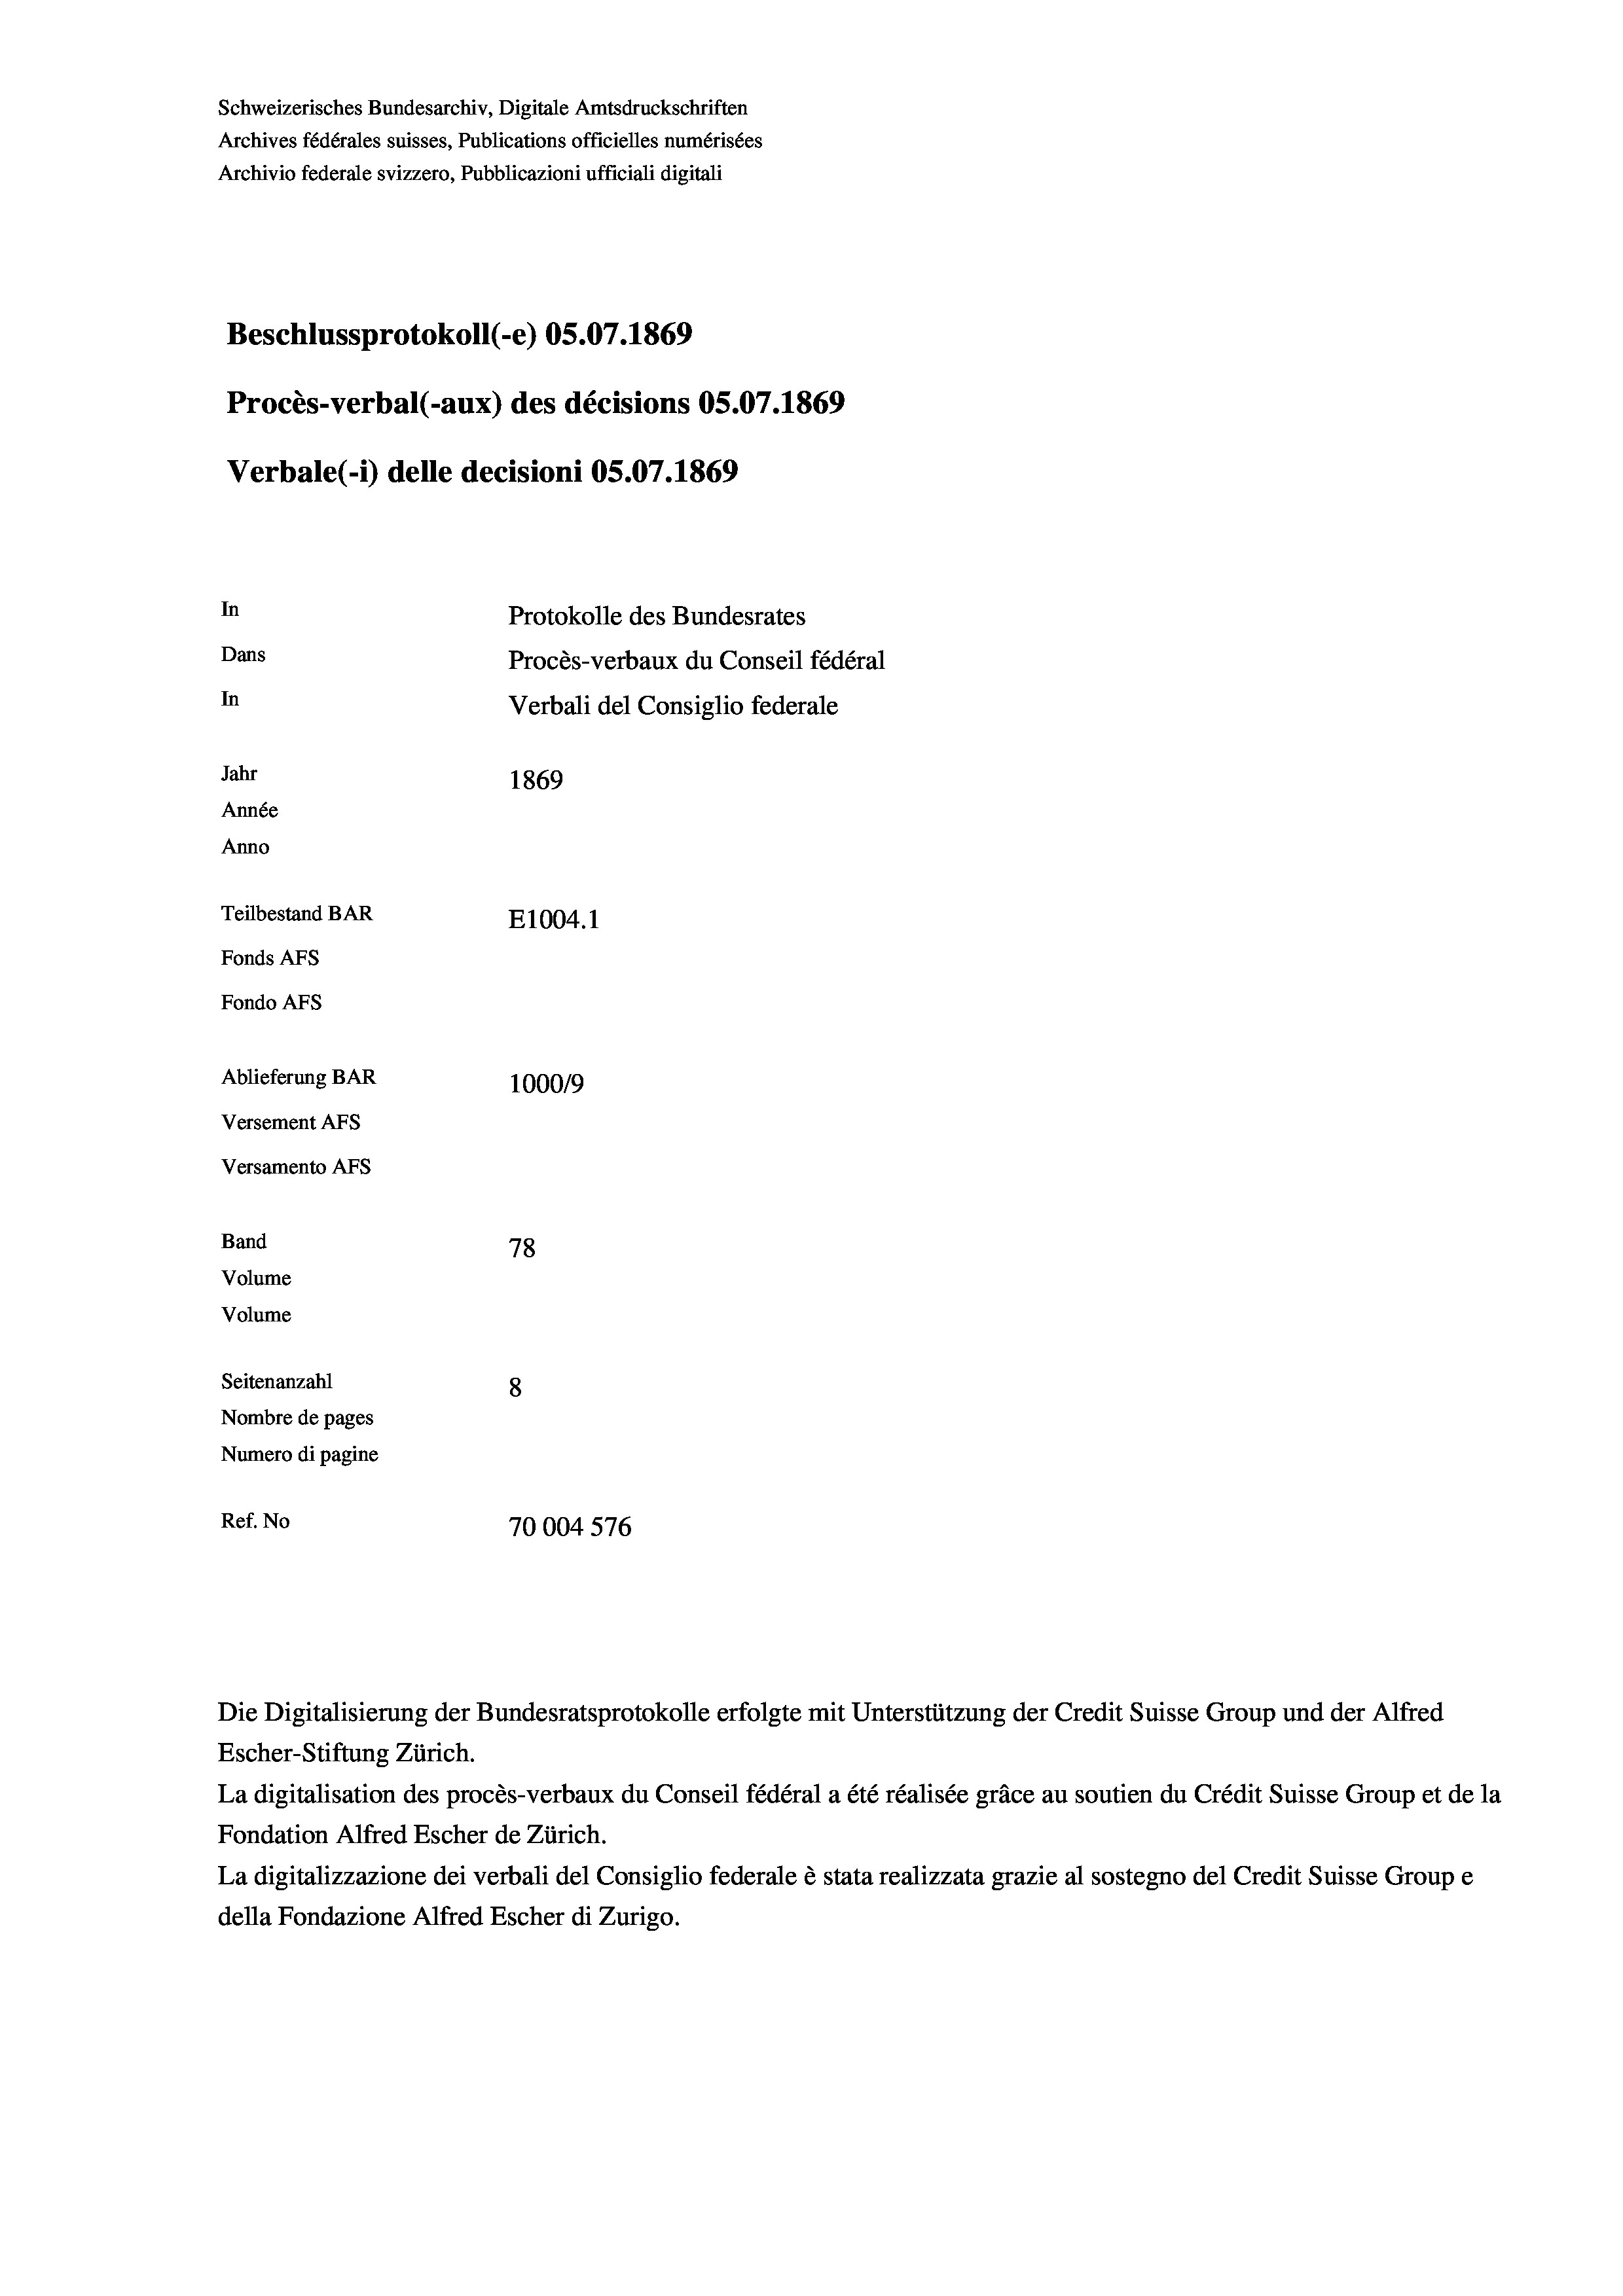
Schweizerisches Bundesarchiv, Digitale Amtsdruckschriften
Archives fédérales suisses, Publications officielles numérisées
Archivio federale svizzero, Pubblicazioni ufficiali digitali
Beschlussprotokoll (-e) 05.07. 1869
Procès-verbal (-aux) des décisions OS.07.1869
Verbale (1) delle decisioni OS.07. 1869
In
Protokolle des Bundesrates
Dans
Procès-verbaux du Conseil fédéral
In
Verbali del Consiglio federale
Jahr
1869
Année
Anno
Teilbestand BAR
E1004. 1
Fonds Afs
Fondo Afs
Ablieferung BAR
100019
Versement AFS
Versamento AFs
Band
78
Volume
Volume
Seitenanzahl
8
Nombre de pages
Numero di pagine
Ref. No
70004 576

Escher-Stiftung Zürich.
La digitalisation des procès-verbaux du Conseil fédéral a été réalisée gräce au soutien du Crédit Suisse Group et de la
Fondation Alfred Escher de Zürich.
La digitalizzazione dei verbali del Consiglio federale è stata realizzata grazie al sostegno del Credit Suisse Groupe
della Fondazione Alfred Escher di Zurigo.

Die Digitalisierung der Bundesratsprotokolle erfolgte mit Unterstützung der Credit Suisse Group und der Alfred